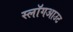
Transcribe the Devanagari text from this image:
स्लॉगआउट